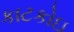
કાટકોઇ